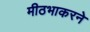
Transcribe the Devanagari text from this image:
मीठभाकरने